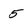
Character: 5